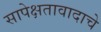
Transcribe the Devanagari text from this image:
सापेक्षतावादाचे